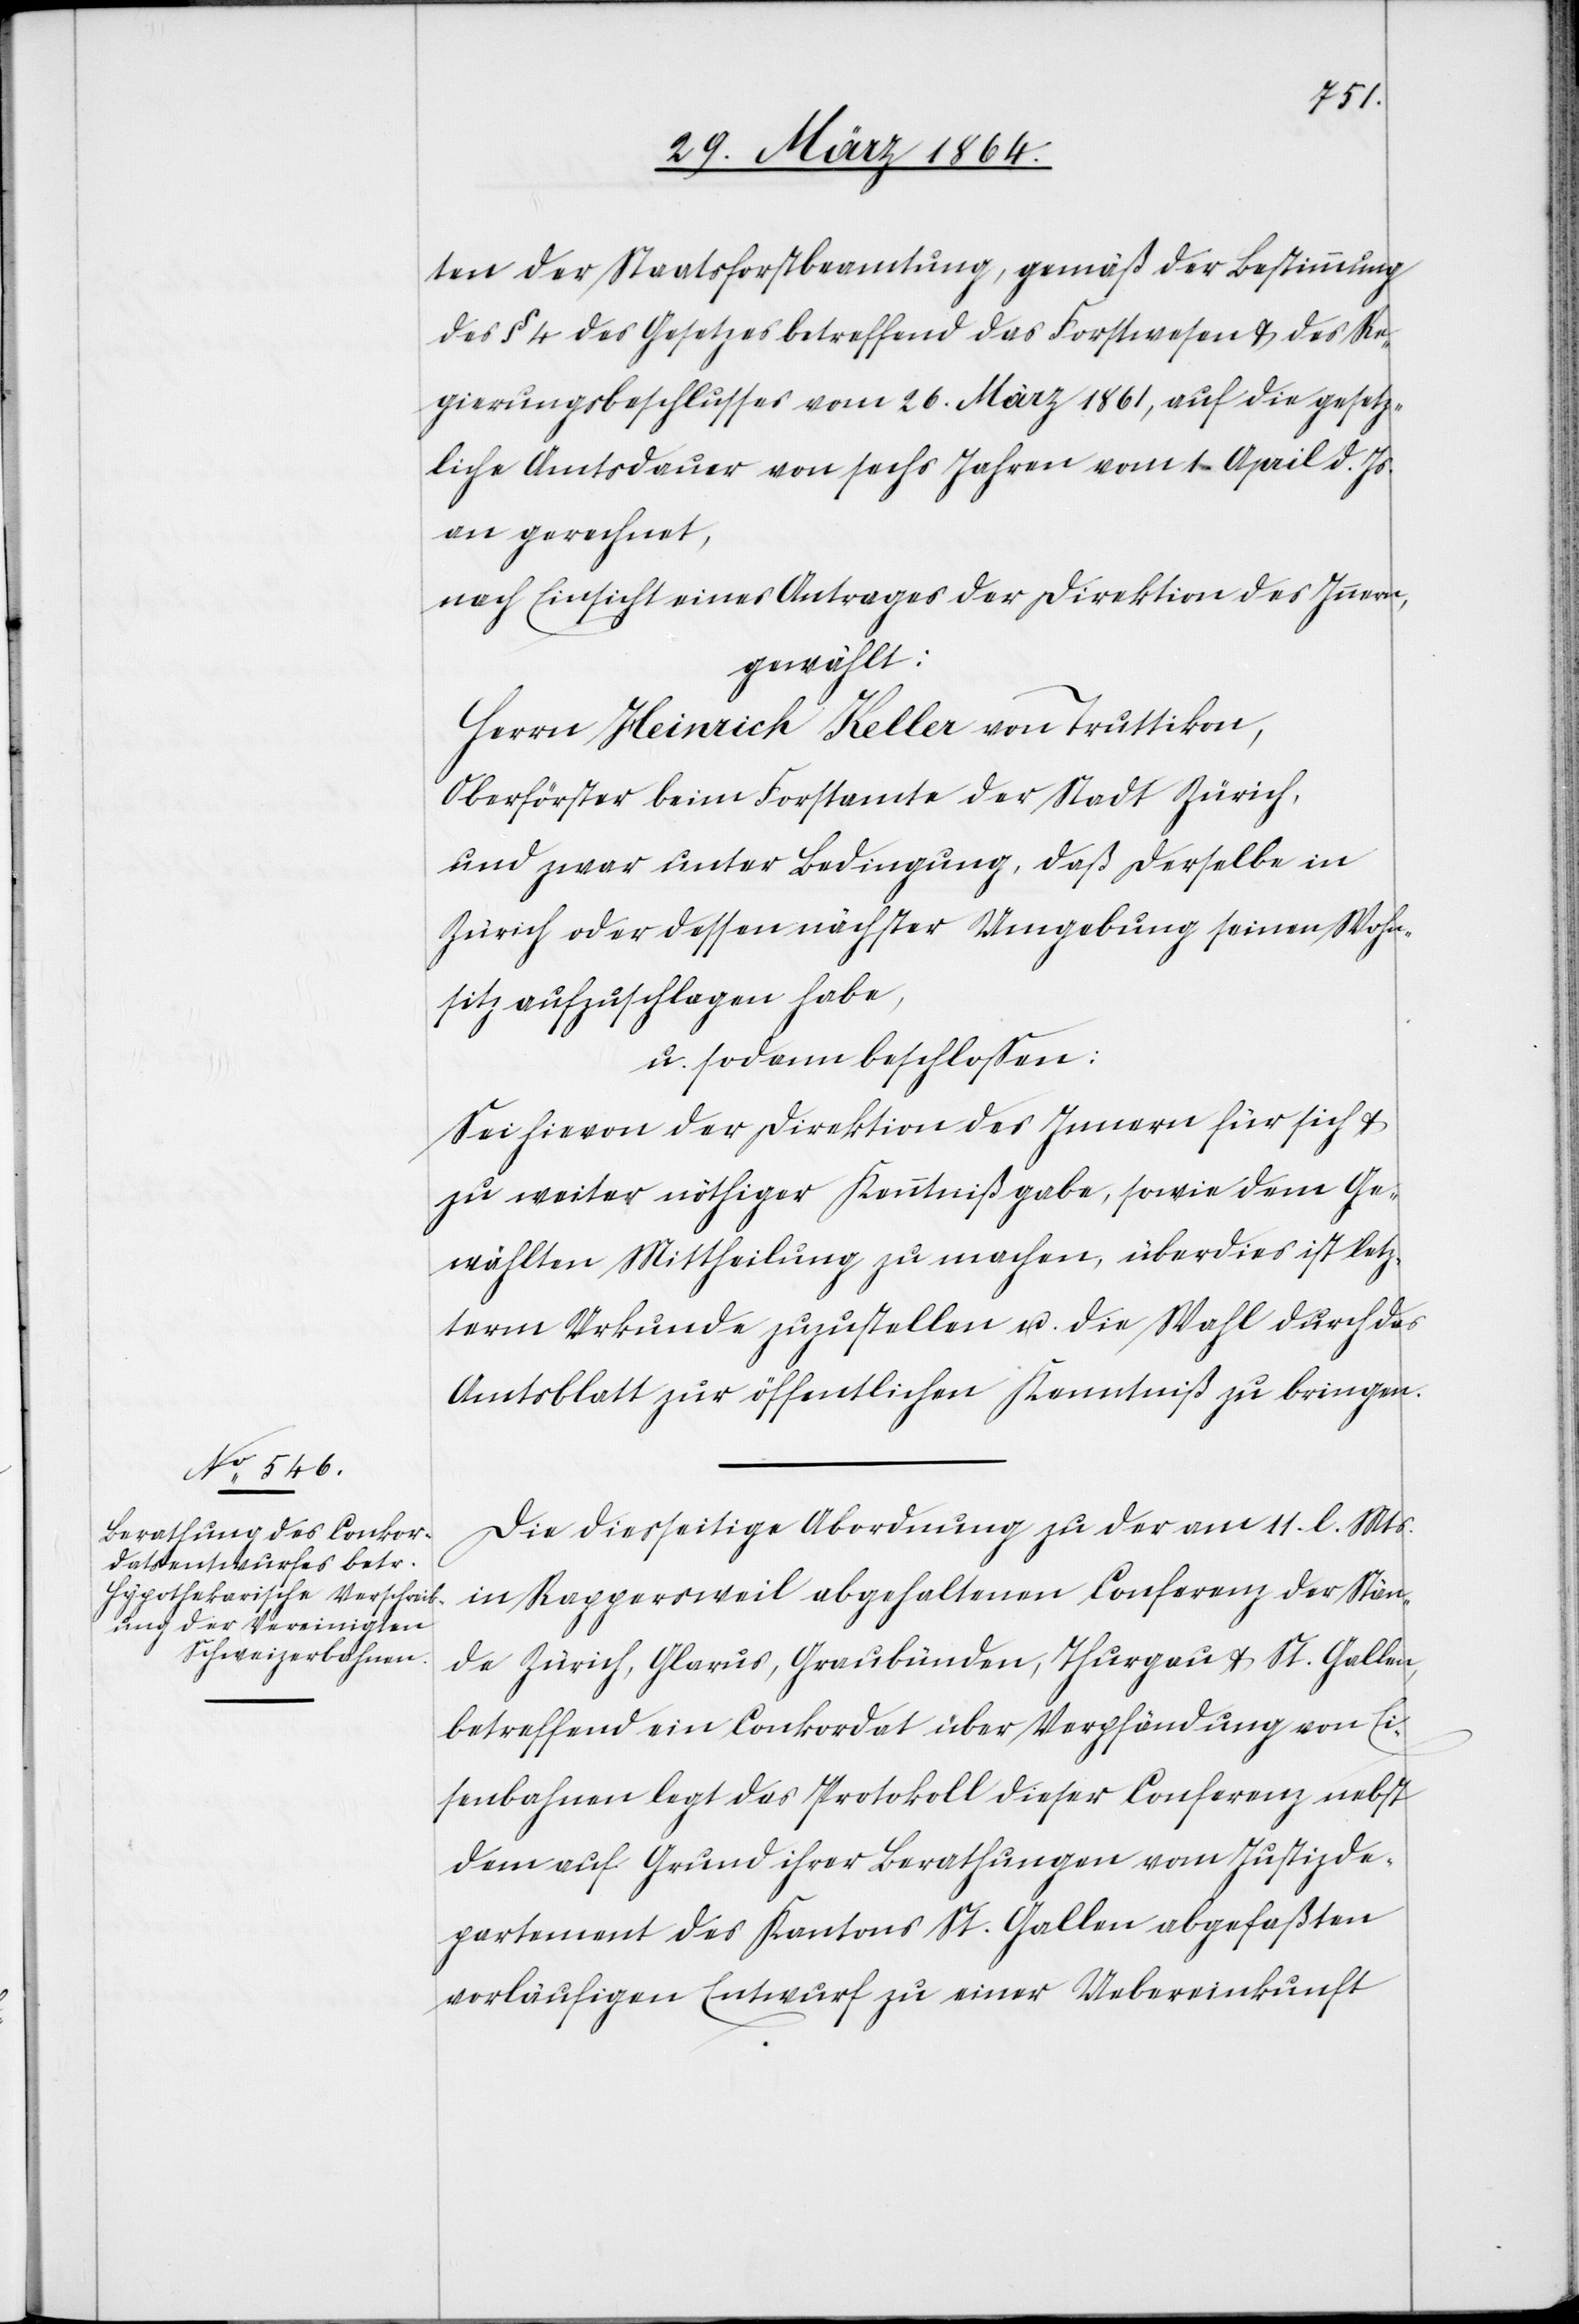
ten der Staatsforstbeamtung, gemäß der Bestimmung
des § 4 des Gesetzes betreffend das Forstwesen u. des Re¬
gierungsbeschlusses vom 26. März 1861, auf die gesetz¬
liche Amtsdauer von sechs Jahren vom 1. April d. Js.
an gerechnet,
nach Einsicht eines Antrages der Direktion des Innern,
gewählt:
Herrn Heinrich Keller von Truttikon,
Oberförster beim Forstamte der Stadt Zürich,
und zwar unter Bedingung, daß derselbe in
Zürich oder dessen nächster Umgebung seinen Wohn¬
sitz aufzuschlagen habe,
u. sodann beschlossen:
Sei hievon der Direktion des Innern für sich u.
zu weiter nöthiger Kenntnißgabe, sowie dem Ge¬
wählten Mittheilung zu machen, überdies ist letz¬
term Urkunde zuzustellen u. die Wahl durch das
Amtsblatt zur öffentlichen Kenntniß zu bringen.
Die diesseitige Abordnung zu der am 11. l. Mts.
in Rappersweil abgehaltenen Conferenz der Stän¬
de Zürich, Glarus, Graubünden, Thurgau u. St. Gallen,
betreffend ein Conkordat über Verpfändung von Ei¬
senbahnen legt das Protokoll dieser Conferenz nebst
dem auf Grund ihrer Berathungen vom Justizde¬
partement des Kantons St. Gallen abgefaßten
vorläufigen Entwurf zu einer Uebereinkunft